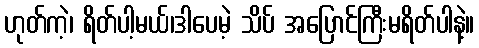
ဟုတ်ကဲ့၊ ရိတ်ပါ့မယ်၊ဒါပေမဲ့ သိပ် အပြောင်ကြီးမရိတ်ပါနဲ့။